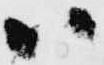
ハ